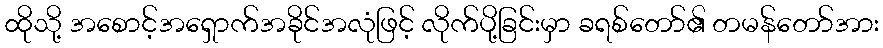
ထိုသို့ အစောင့်အရှောက်အခိုင်အလုံဖြင့် လိုက်ပို့ခြင်းမှာ ခရစ်တော်၏ တမန်တော်အား